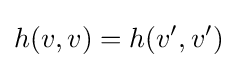
h(v,v)=h(v',v')